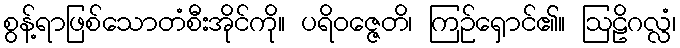
စွန့်ရာဖြစ်သောတံစီးအိုင်ကို။ ပရိဝဇ္ဇေတိ၊ ကြဉ်ရှောင်၏။ ဩဠိဂလ္လံ၊